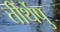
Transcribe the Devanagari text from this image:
तीर्थेषु